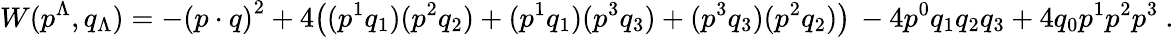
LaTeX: W(p^{\Lambda},q_{\Lambda})=-{(p\cdot q)}^{2}+4\bigl((p^{1}q_{1})(p^{2}q_{2})+(p^{1}q_{1})(p^{3}q_{3})+(p^{3}q_{3})(p^{2}q_{2})\bigr)\, -4p^{0}q_{1}q_{2}q_{3}+4q_{0}p^{1}p^{2}p^{3}\ .